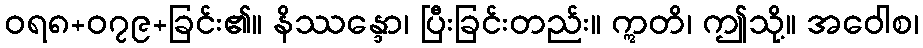
ဝရ၈+၀၇၉+ခြင်း၏။ နိဿန္ဒော၊ ပြီးခြင်းတည်း။ ဣတိ၊ ဤသို့။ အဝေါစ၊